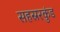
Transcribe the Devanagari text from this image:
सहस्ररकुंड